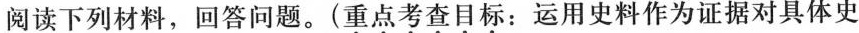
阅读下列材料，回答问题。(\underset{·}{重}\underset{·}{点}\underset{·}{考}\underset{·}{查}\underset{·}{目}\underset{·}{标}：运用史料作为证据对具体史